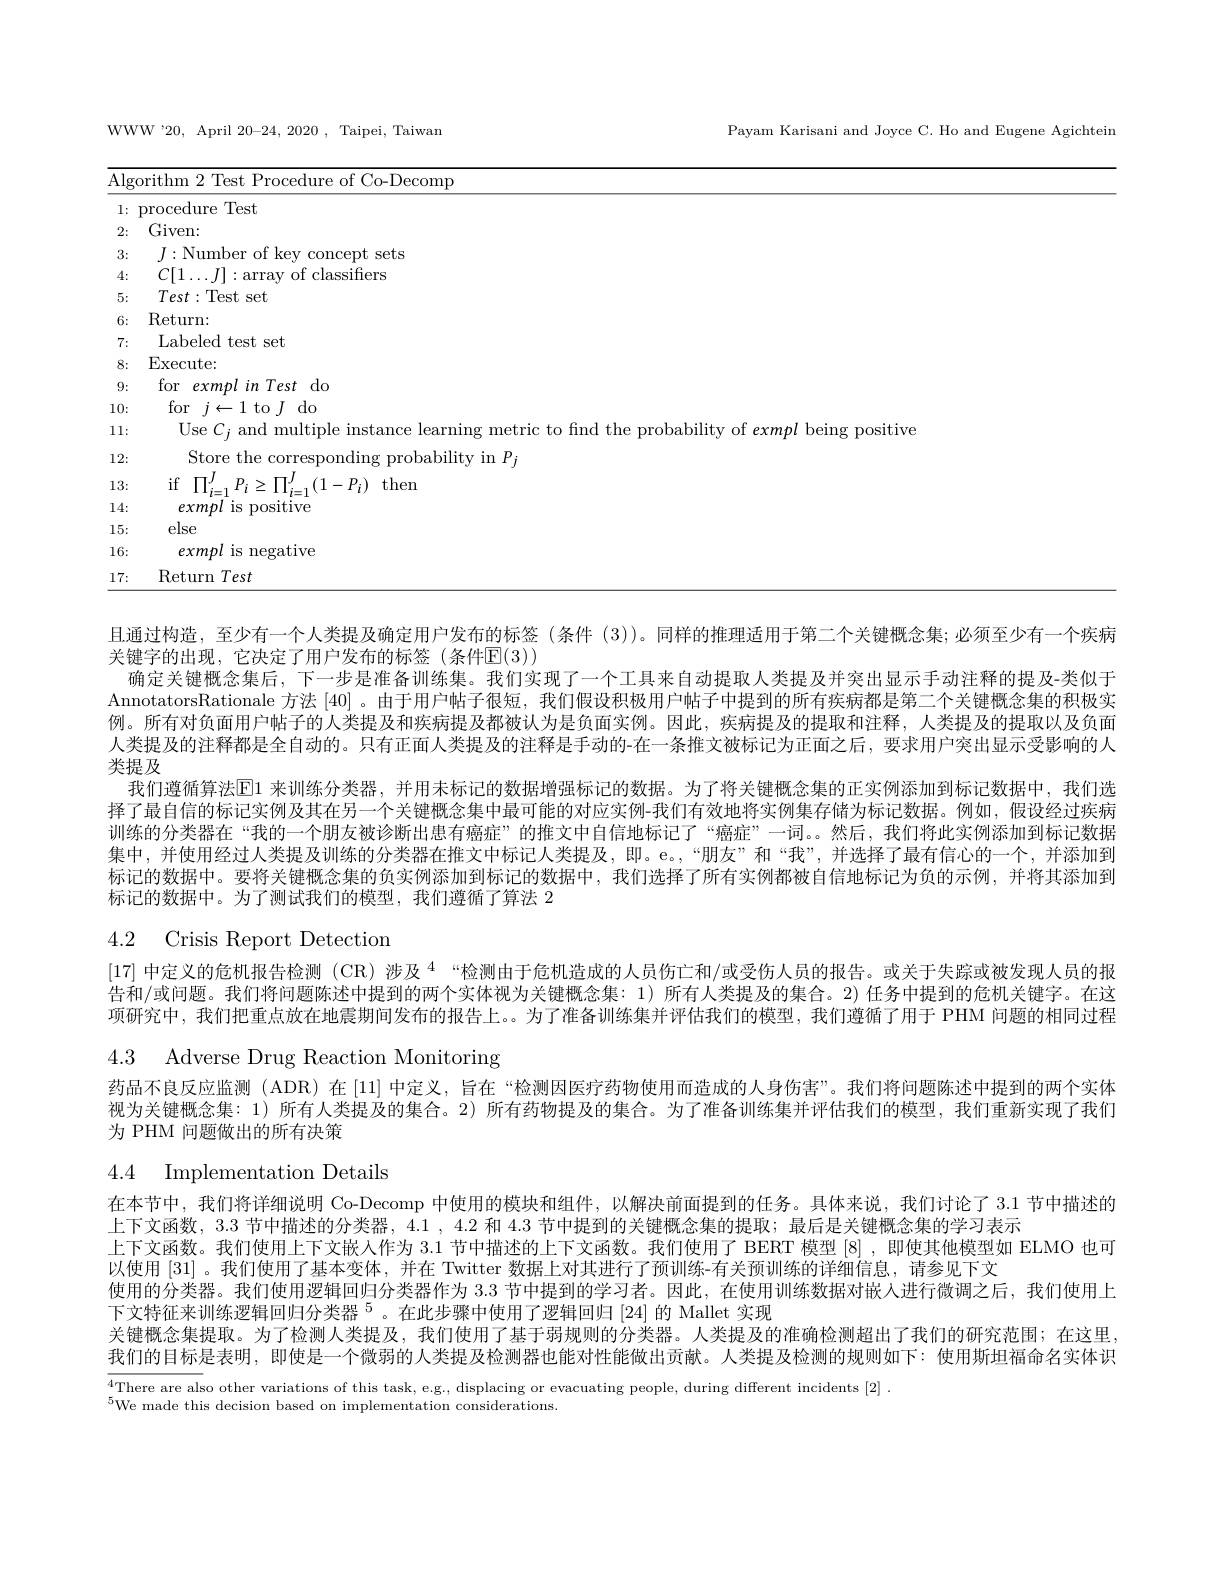
<table>
	<tbody>
		<tr>
			<th>$\overline{{\mathrm{Alg}}}$</th>
			<th>${\mathrm{orithm~2~Test~Procedure~of~Co-Decomp}}$</th>
		</tr>
		<tr>
			<td>1: </td>
			<td>procedure Test</td>
		</tr>
		<tr>
			<td>2:</td>
			<td>Given:</td>
		</tr>
		<tr>
			<td>3:</td>
			<td>$J:$Number of key concept sets</td>
		</tr>
		<tr>
			<td>4:</td>
			<td>$C[1\ldots J]:$array of classifers</td>
		</tr>
		<tr>
			<td>5:</td>
			<td>$Test:$Test set</td>
		</tr>
		<tr>
			<td>6:</td>
			<td>$\operatorname{Return:}$</td>
		</tr>
		<tr>
			<td>7:</td>
			<td>Labeled test set</td>
		</tr>
		<tr>
			<td>8:</td>
			<td>$\operatorname{Execute:}$</td>
		</tr>
		<tr>
			<td>9:</td>
			<td>for exmpl in Test do</td>
		</tr>
		<tr>
			<td>10:</td>
			<td>for$j\leftarrow1$to$J$do</td>
		</tr>
		<tr>
			<td>11:</td>
			<td>Use C; and multiple instance learning n etric to find the probabilitv of exmol being positive</td>
		</tr>
		<tr>
			<td>12:</td>
			<td>Store the corresponding probability in $P_j$</td>
		</tr>
		<tr>
			<td>13:</td>
			<td>if$\prod_{i=1}^{J}P_{i}\geq\prod_{i=1}^{J}(1-P_{i})$then</td>
		</tr>
		<tr>
			<td>14:</td>
			<td>exmpl is positive</td>
		</tr>
		<tr>
			<td>15:</td>
			<td>else</td>
		</tr>
		<tr>
			<td>16:</td>
			<td>exmpl is negative</td>
		</tr>
		<tr>
			<td>17: 1 </td>
			<td>$\operatorname{Return}Test$</td>
		</tr>
	</tbody>
</table>

且通过构造，至少有一个人类提及确定用户发布的标签(条件(3))。同样的推理适用于第二个关键概念集；必须至少有一个疾病
关键字的出现，它决定了用户发布的标签(条件$\overline{\mathrm{E}}(3))$
确定关键概念集后，下一步是准备训练集。我们实现了一个工具来自动提取人类提及并突出显示手动注释的提及-类似于AnnotatorsRationale 方法[40] 。由于用户帖子很短，我们假设积极用户帖子中提到的所有疾病都是第二个关键概念集的积极实例。所有对负面用户帖子的人类提及和疾病提及都被认为是负面实例。因此，疾病提及的提取和注释，人类提及的提取以及负面人类提及的注释都是全自动的。只有正面人类提及的注释是手动的-在一条推文被标记为正面之后，要求用户突出显示受影响的人类提及
我们遵循算法[E]1 来训练分类器，并用未标记的数据增强标记的数据。为了将关键概念集的正实例添加到标记数据中，我们选择了最自信的标记实例及其在另一个关键概念集中最可能的对应实例-我们有效地将实例集存储为标记数据。例如，假设经过疾病训练的分类器在“我的一个朋友被诊断出患有癌症”的推文中自信地标记了“癌症”一词。然后，我们将此实例添加到标记数据集中，并使用经过人类提及训练的分类器在推文中标记人类提及，即。e。,“朋友”和“我”,并选择了最有信心的一个，并添加到标记的数据中。要将关键概念集的负实例添加到标记的数据中，我们选择了所有实例都被自信地标记为负的示例，并将其添加到标记的数据中。为了测试我们的模型，我们遵循了算法 2

# 4.2 Crisis Report Detection

[17]中定义的危机报告检测 (CR) 涉及$^4$ “检测由于危机造成的人员伤亡和/或受伤人员的报告。或关于失踪或被发现人员的报告和/或问题。我们将问题陈述中提到的两个实体视为关键概念集：1) 所有人类提及的集合。2) 任务中提到的危机关键字。在这项研究中，我们把重点放在地震期间发布的报告上。。为了准备训练集并评估我们的模型，我们遵循了用于 PHM 问题的相同过程4.3 Adverse Drug Reaction Monitoring
药品不良反应监测(ADR)在[11]中定义，旨在“检测因医疗药物使用而造成的人身伤害”。我们将问题陈述中提到的两个实体视为关键概念集：1) 所有人类提及的集合。2) 所有药物提及的集合。为了准备训练集并评估我们的模型，我们重新实现了我们为 PHM 问题做出的所有决策
4.4 Implementation Details
在本节中，我们将详细说明 Co-Decomp 中使用的模块和组件，以解决前面提到的任务。具体来说，我们讨论了 3.1 节中描述的
上下文函数，3.3 节中描述的分类器，4.1 , 4.2 和 4.3 节中提到的关键概念集的提取；最后是关键概念集的学习表示
上下文函数。我们使用上下文嵌人作为3.1节中描述的上下文函数。我们使用了 BERT 模型 [8],即使其他模型如 ELMO 也可
以使用[31] 。我们使用了基本变体，并在 Twitter 数据上对其进行了预训练-有关预训练的详细信息，请参见下文
使用的分类器。我们使用逻辑回归分类器作为 3.3 节中提到的学习者。因此，在使用训练数据对嵌人进行微调之后，我们使用上
下文特征来训练逻辑回归分类器$^{5}$。在此步骤中使用了逻辑回归[24]的 Mallet 实现
关键概念集提取。为了检测人类提及，我们使用了基于弱规则的分类器。人类提及的准确检测超出了我们的研究范围；在这里， 我们的目标是表明，即使是一个微弱的人类提及检测器也能对性能做出贡献。人类提及检测的规则如下：使用斯坦福命名实体识$\overline{4\text{There are also other variations of this task, e.g., displacing or evacuating people, during different incidents }[2]}.$
$^{5}$We made this decision based on implementation considerations